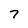
Character: 7